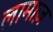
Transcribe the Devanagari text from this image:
लामाज़